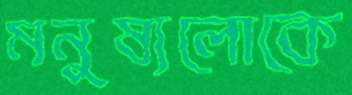
মনুষ্যলোকে